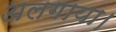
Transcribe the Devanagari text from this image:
अलगाया।